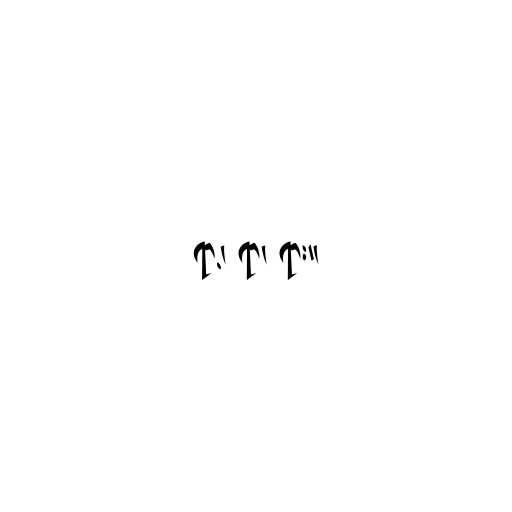
ရာ့၊ ရာ၊ ရား။